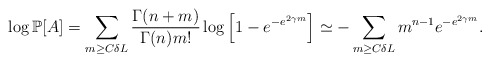
\begin{align*}\log \mathbb P[A]=\sum_{m\geq C\delta L}\frac{\Gamma(n+m)}{\Gamma(n)m!}\log\left[1-e^{-e^{2\gamma m}}\right]\simeq -\sum_{m\geq C\delta L}m^{n-1}e^{-e^{2\gamma m}}.\end{align*}